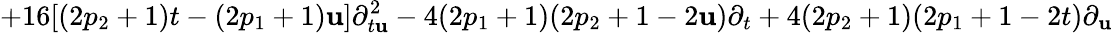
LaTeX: +16[(2p_{2}+1)t-(2p_{1}+1)\mathbf{u}]\partial_{t\mathbf{u}}^{2}-4(2p_{1}+1)(2p_{2}+1-2\mathbf{u})\partial_{t}+4(2p_{2}+1)(2p_{1}+1-2t)\partial_{\mathbf{u}}